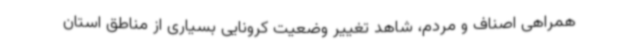
همراهی اصناف و مردم، شاهد تغییر وضعیت کرونایی بسیاری از مناطق استان